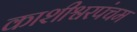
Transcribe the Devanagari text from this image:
काशीश्वरपंचम